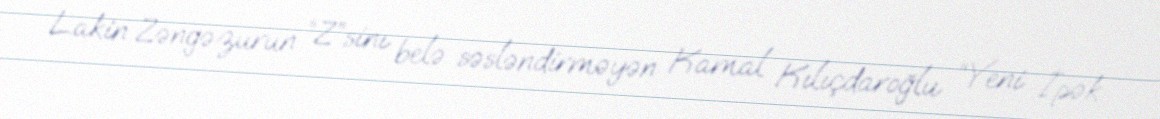
Lakin Zəngəzurun “Z”sinı belə səsləndirməyən Kamal Kılıçdaroğlu “Yeni İpək